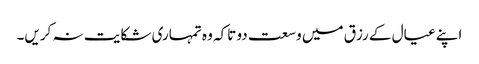
اپنے عیال کے رزق میں وسعت دو تاکہ وہ تمہاری شکایت نہ کریں۔